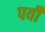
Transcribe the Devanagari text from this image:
पर्वी